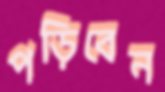
পড়িবেন